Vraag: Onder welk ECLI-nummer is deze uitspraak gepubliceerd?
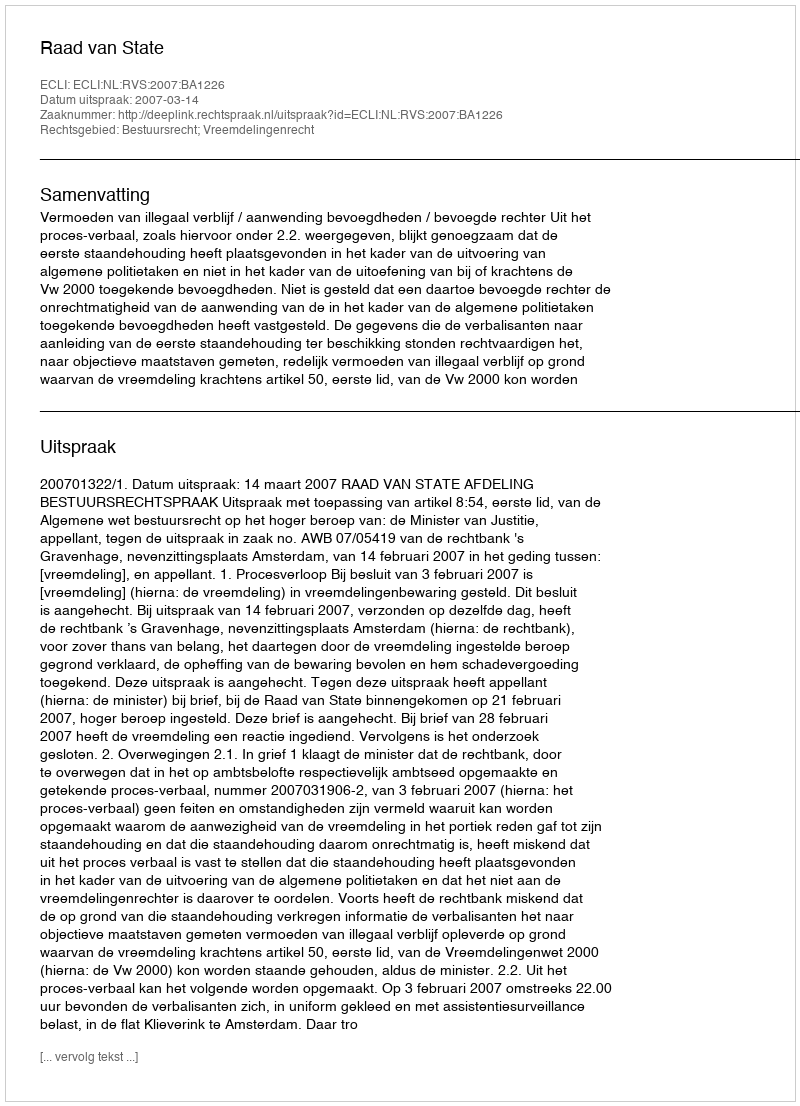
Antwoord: ECLI:NL:RVS:2007:BA1226